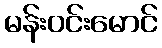
မန်းဝင်းမောင်